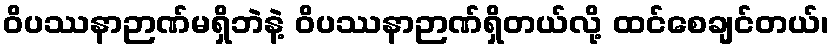
ဝိပဿနာဉာဏ်မရှိဘဲနဲ့ ဝိပဿနာဉာဏ်ရှိတယ်လို့ ထင်စေချင်တယ်၊